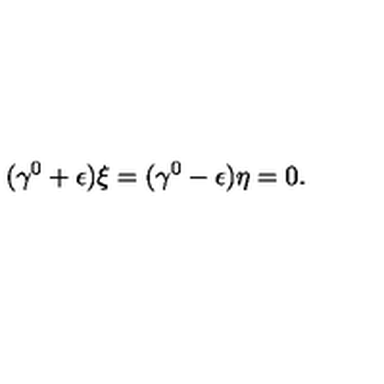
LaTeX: ( \gamma ^ { 0 } + \epsilon ) \xi = ( \gamma ^ { 0 } - \epsilon ) \eta = 0 .